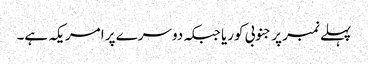
پہلے نمبر پر جنوبی کوریا جبکہ دوسرے پر امریکہ ہے۔